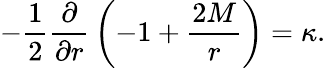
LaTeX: -{\frac{1}{2}}{\frac{\partial}{\partial r}}\left(-1+{\frac{2M}{r}}\right)=\kappa.